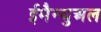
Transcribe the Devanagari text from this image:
ईमैन्युअल